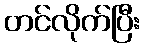
တင်လိုက်ပြီး